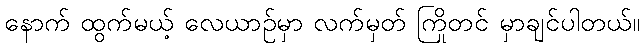
နောက် ထွက်မယ့် လေယာဉ်မှာ လက်မှတ် ကြိုတင် မှာချင်ပါတယ်။